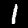
Label: 1